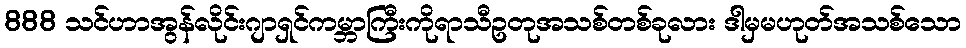
888 သင်ဟာအွန်လိုင်းဂျာရှင်ကမ္ဘာကြီးကိုရာသီဥတုအသစ်တစ်ခုလား ဒါမှမဟုတ်အသစ်သော